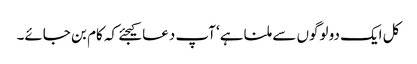
کل ایک دو لوگوں سے ملنا ہے‘ آپ دعا کیجئے کہ کام بن جائے۔